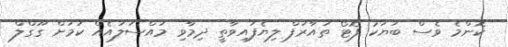
ކޮންމެ ވެސް ބަޔަކު ފޮޓޯ ތައާރަފް ލިޔެފައިވާތީ ދިމާވި މައްސަލައެއް ކަމަށް ގޫގްލް